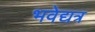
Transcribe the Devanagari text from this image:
भवेद्यत्र